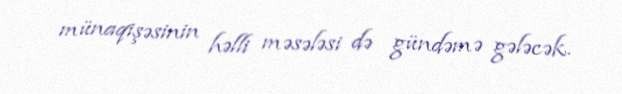
münaqişəsinin həlli məsələsi də gündəmə gələcək.